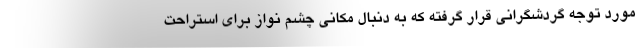
مورد توجه گردشگرانی قرار گرفته که به دنبال مکانی چشم نواز برای استراحت